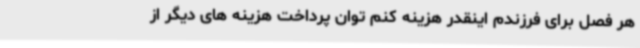
هر فصل برای فرزندم اینقدر هزینه کنم توان پرداخت هزینه های دیگر از